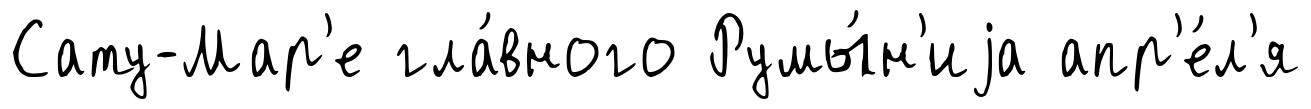
Сату-Мар'е гла́вного Румы́н'иjа апр'е́л'я